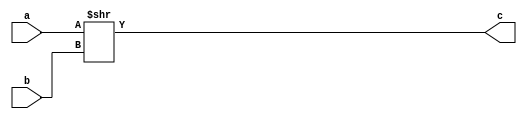
`timescale 1ns / 1ps

module shift_logical_right(
    input [31:0] a,
    input [4:0] b,
    output [31:0] c 
    );
    
   assign c = a>>b;
endmodule